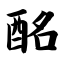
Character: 酩